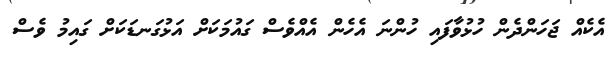
އެކެއް ޖަހަންދެން ހުޅުވާފައި ހުންނަ އެހެން އެެއްވެސް ގައުމަކަށް އަޅުގަނޑަކަށް ގައިމު ވެސް